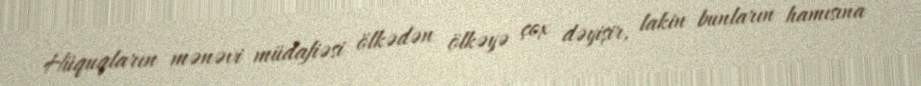
Hüquqların mənəvi müdafiəsi ölkədən ölkəyə çox dəyişir, lakin bunların hamısına